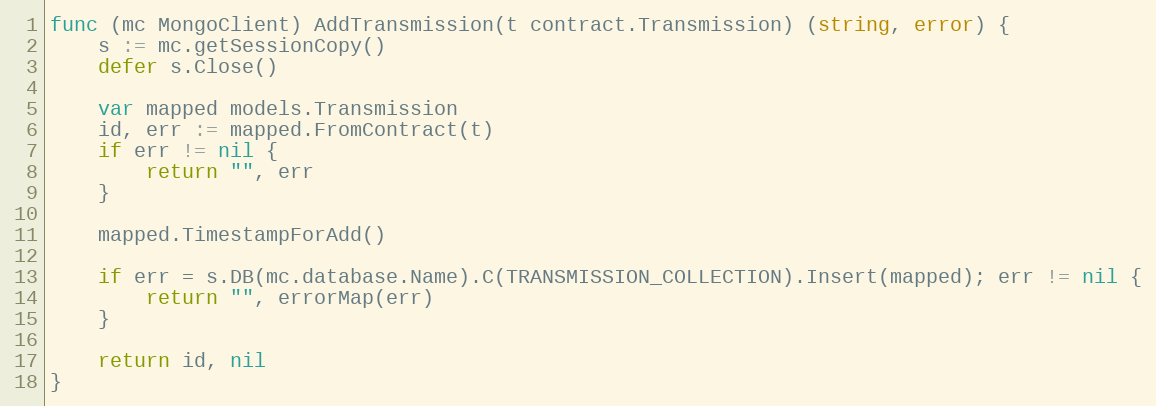
Language: Go
func (mc MongoClient) AddTransmission(t contract.Transmission) (string, error) {
	s := mc.getSessionCopy()
	defer s.Close()

	var mapped models.Transmission
	id, err := mapped.FromContract(t)
	if err != nil {
		return "", err
	}

	mapped.TimestampForAdd()

	if err = s.DB(mc.database.Name).C(TRANSMISSION_COLLECTION).Insert(mapped); err != nil {
		return "", errorMap(err)
	}

	return id, nil
}